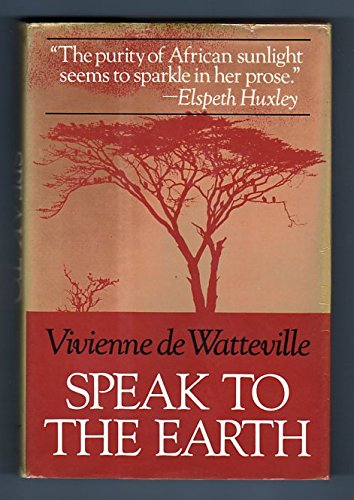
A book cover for Speak to the Earth; Vivienne De Watteville; Travel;